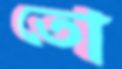
তো